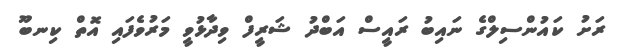
ރަށު ކައުންސިލްގެ ނައިބު ރައީސް އަބްދު ޝަރީފް ވިދާޅުވީ މަރުވެފައި އޮތް ކިނބޫ